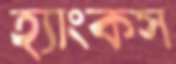
হ্যাংকস